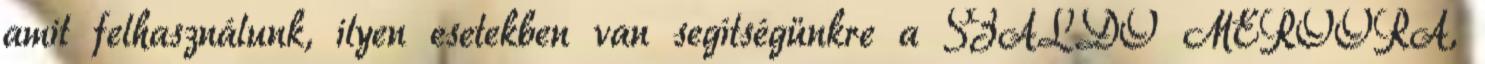
amit felhasználunk, ilyen esetekben van segítségünkre a SZALDÓ MÉRŐÓRA,